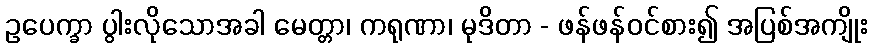
ဥပေက္ခာ ပွါးလိုသောအခါ မေတ္တာ၊ ကရုဏာ၊ မုဒိတာ - ဖန်ဖန်ဝင်စား၍ အပြစ်အကျိုး